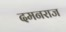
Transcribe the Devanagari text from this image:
दमनराज